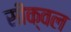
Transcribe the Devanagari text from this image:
सीक्‍वल